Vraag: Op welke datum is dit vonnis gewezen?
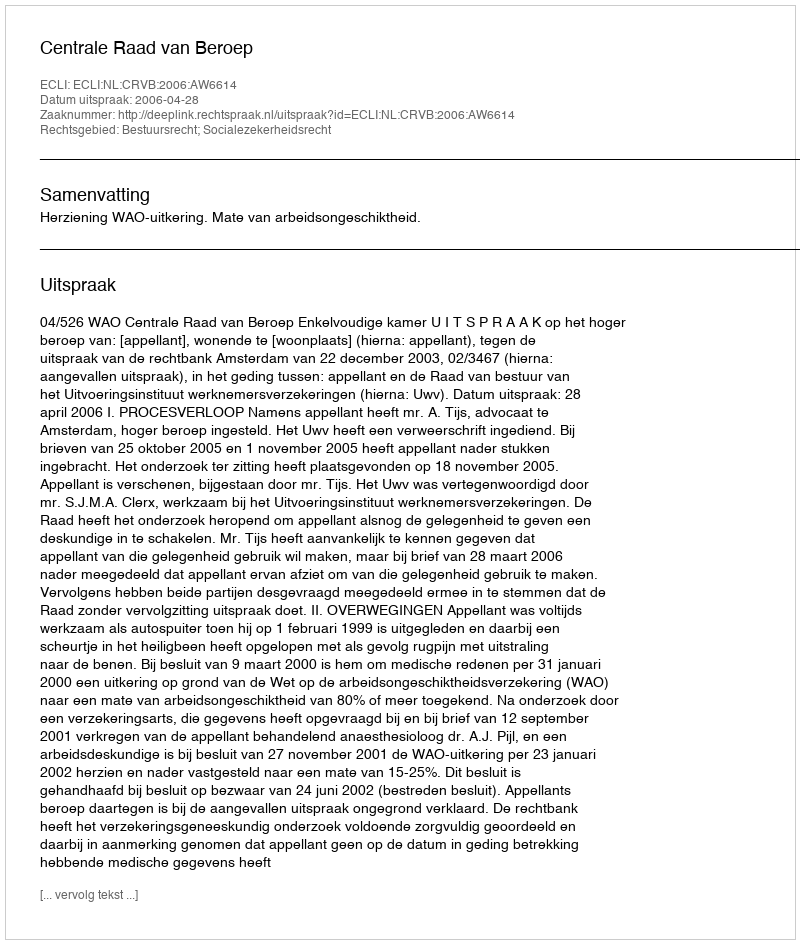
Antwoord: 2006-04-28